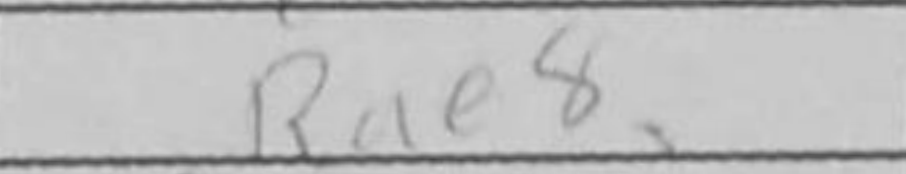
Transcription: Rae8